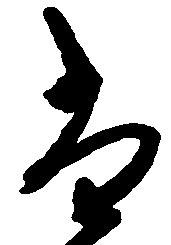
尚